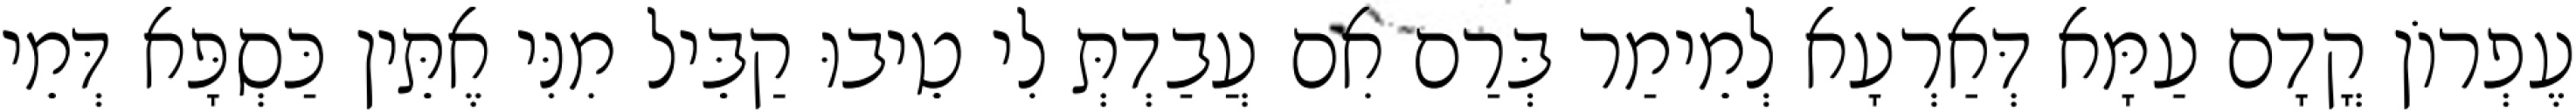
עֶפְרוֹן קֳדָם עַמָּא דְּאַרְעָא לְמֵימַר בְּרַם אִם עֲבַדְתְּ לִי טֵיבוּ קַבֵּיל מִנִּי אֶתֵּין כַּסְפָּא דְּמֵי